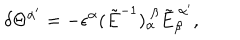
LaTeX: \delta \Theta ^ { \alpha ^ { \prime } } = - \epsilon ^ { \alpha } ( \tilde { E } ^ { - 1 } ) _ { \alpha } ^ { \ \beta } \tilde { E } _ { \beta } ^ { \ \alpha ^ { \prime } } ,